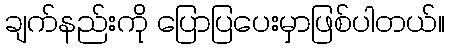
ချက်နည်းကို ပြောပြပေးမှာဖြစ်ပါတယ်။